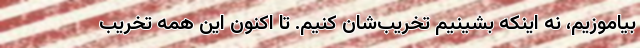
بیاموزیم، نه اینکه بشینیم تخریب‌شان کنیم. تا اکنون این همه تخریب